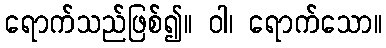
ရောက်သည်ဖြစ်၍။ ဝါ၊ ရောက်သော။